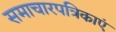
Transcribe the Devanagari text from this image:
समाचारपत्रिकाएं